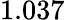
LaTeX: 1.037